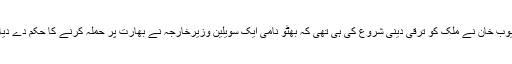
ایوب خان نے ملک کو ترقی دینی شروع کی ہی تھی کہ بھٹو نامی ایک سویلین وزیرخارجہ نے بھارت پر حملہ کرنے کا حکم دے دیا۔